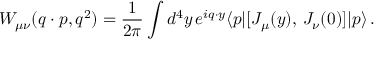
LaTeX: W _ { \mu \nu } ( q \cdot p , q ^ { 2 } ) = \frac { 1 } { 2 \pi } \int d ^ { 4 } y \, e ^ { i q \cdot y } \langle p | [ J _ { \mu } ( y ) , \, J _ { \nu } ( 0 ) ] | p \rangle \, .